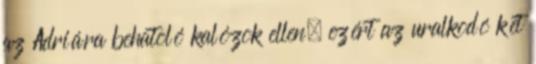
az Adriára behatoló kalózok ellen, ezért az uralkodó két